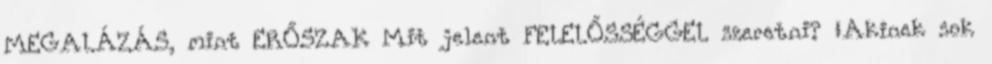
MEGALÁZÁS, mint ERŐSZAK Mit jelent FELELŐSSÉGGEL szeretni? „Akinek sok